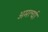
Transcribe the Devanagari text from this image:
अमर्त्या